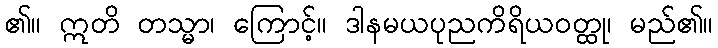
၏။ ဣတိ တသ္မာ၊ ကြောင့်။ ဒါနမယပုညကိရိယဝတ္ထု၊ မည်၏။